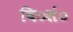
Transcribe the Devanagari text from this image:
वि०सं०